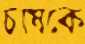
চাষকে